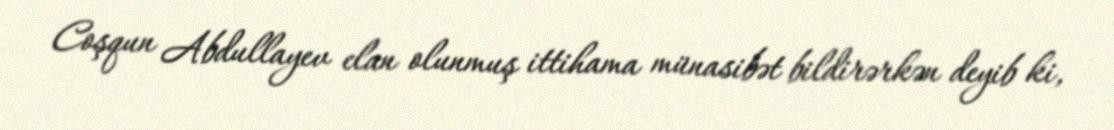
Coşqun Abdullayev elan olunmuş ittihama münasibət bildirərkən deyib ki,